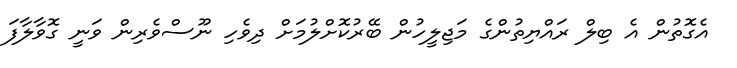
އެގޮތުން އެ ބިލް ރައްޔިތުންގެ މަޖިލީހުން ބޭރުކޮށްލުމަށް ދިވެހި ނޫސްވެރިން ވަނީ ގޮވާލާފަ